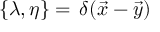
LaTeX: \{ \lambda , \eta \} = \, \delta ( \vec { x } - \vec { y } )